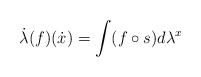
\begin{gather*}\dot\lambda(f)(\dot x)=\int (f\circ s)d\lambda^x\end{gather*}